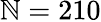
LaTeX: \mathbb{N}=210